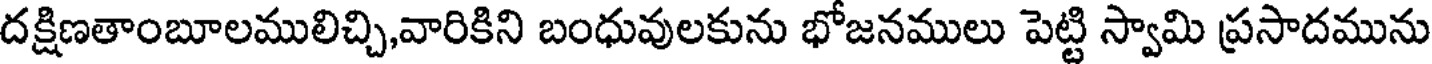
దక్షిణతాంబూలములిచ్చి,వారికిని బంధువులకును భోజనములు పెట్టి స్వామి ప్రసాదమును